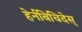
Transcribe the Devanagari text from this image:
हेर्नबिचिदेस्